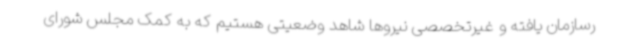
رسازمان یافته و غیرتخصصی نیروها شاهد وضعیتی هستیم که به کمک مجلس شورای